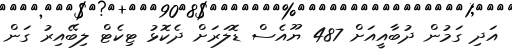
އަދި ގަމުން ދުބާއީއަށް 487 ޔޫއެސް ޑޮލަރަށް ދެކޮޅު ޓިކެޓް ލިބޭއިރު ގަން